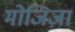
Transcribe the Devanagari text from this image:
मोजिज़ा